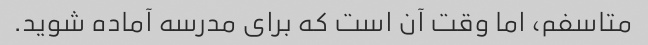
متاسفم، اما وقت آن است که برای مدرسه آماده شوید.